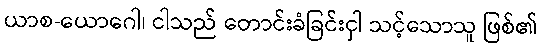
ယာစ-ယောဂေါ၊ ငါသည် တောင်းခံခြင်းငှါ သင့်သောသူ ဖြစ်၏